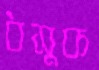
ধসুক